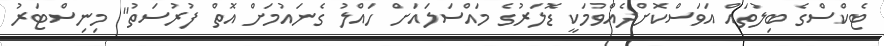
ޓެކްސްގެ ބިލުތައް އަވަސްކޮށްދެއްވުމަކީ ޑޮލަރުގެ މައްސަލައަށް ހައްލު ގެނައުމަށް އޮތް ފުރުސަތު" މިނިސްޓަރު